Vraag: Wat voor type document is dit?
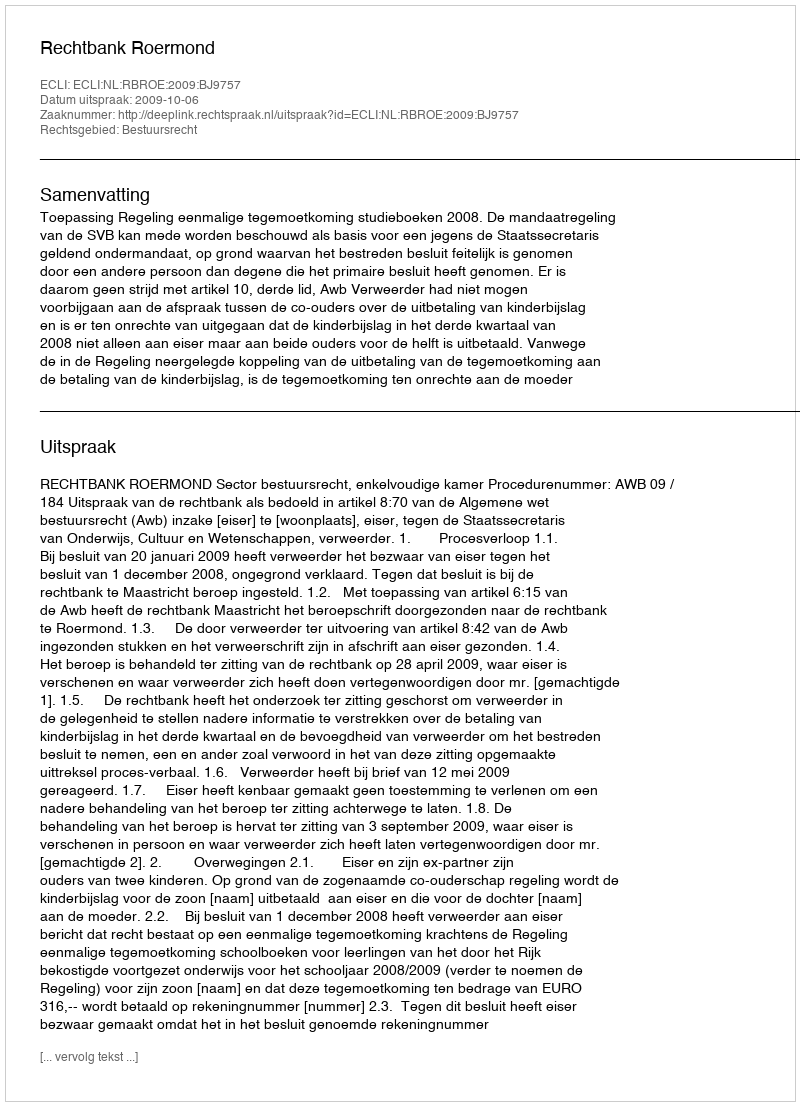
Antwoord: Uitspraak